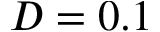
D = 0 . 1